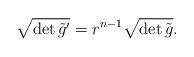
LaTeX: \begin{align*} \sqrt{\det \tilde{g}^{\prime}} = r^{n-1} \sqrt{\det \tilde{g}}. \end{align*}